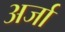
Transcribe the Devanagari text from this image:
अर्जा